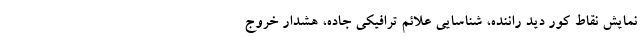
نمایش نقاط کور دید راننده، شناسایی علائم ترافیکی جاده، هشدار خروج